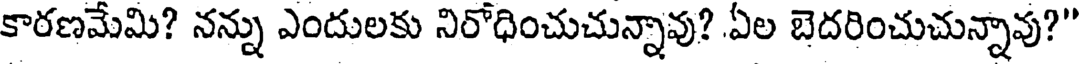
కారణమేమి? నన్ను ఎందులకు నిరోధించుచున్నావు? ఏల బెదరించుచున్నావు?"